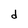
Character: d